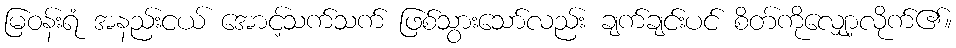
မြဝန်းရံ အနည်းငယ် အောင့်သက်သက် ဖြစ်သွားသော်လည်း ချက်ချင်းပင် စိတ်ကိုလျှော့လိုက်၏။